Civil Veterinary Department Bengal reports 1933-51 - 1933-1951
Year: 1933
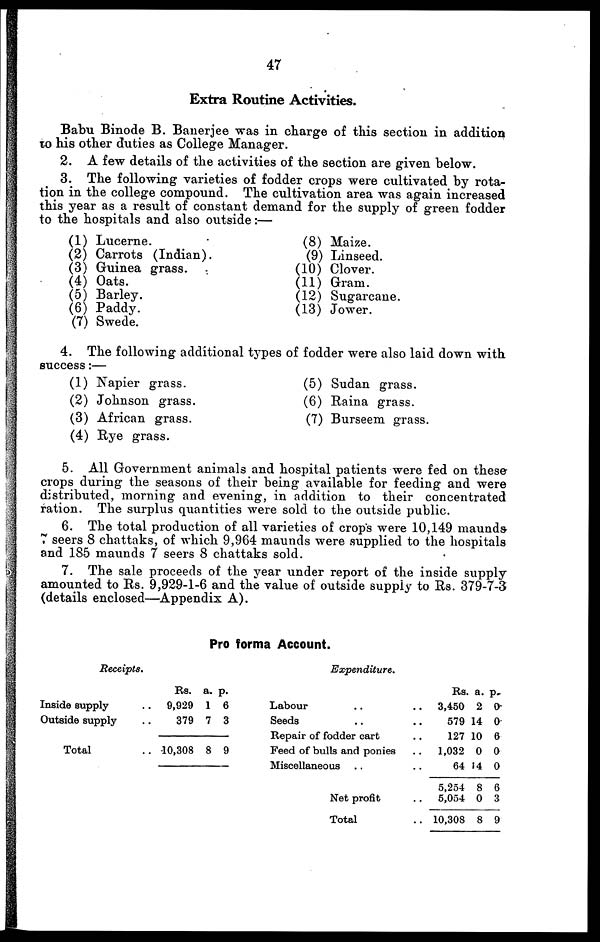
47
Extra Routine Activities.
Babu Binode B. Bauerjee was in charge of this section in addition
to his other duties as College Manager.
2. A few details of the activities of the section are given below.
3. The following varieties of fodder crops were cultivated by rota-
tion in the college compound. The cultivation area was again increased
this year as a result of constant demand for the supply of green fodder
to the hospitals and also outside:—
(1) Lucerne.
(2) Carrots (Indian).
(3) Guinea grass.
(4) Oats.
(5) Barley.
(6) Paddy.
(7) Swede.
(8) Maize.
(9) Linseed.
(10) Clover.
(11) Gram.
(12) Sugarcane.
(13) Jower.
4. The following additional types of fodder were also laid down with
success:—
(1) Napier grass.
(2) Johnson grass.
(3) African grass.
(4) Rye grass.
(5) Sudan grass.
(6) Raina grass.
(7) Burseem grass.
5. All Government animals and hospital patients were fed on these
crops during the seasons of their being available for feeding and were
distributed, morning and evening, in addition to their concentrated
ration. The surplus quantities were sold to the outside public.
6. The total production of all varieties of crop's were 10,149 maunds
7 seers 8 chattaks, of which 9,964 maunds were supplied to the hospitals
and 185 maunds 7 seers 8 chattaks sold.
7. The sale proceeds of the year under report of the inside supply
amounted to Rs. 9,929-1-6 and the value of outside supply to Rs. 379-7-3
(details enclosed—Appendix A).
Pro forma Account.
Receipts.
Inside supply ..
Outside supply ..
Total ..
Rs.
9,929
379
10,308
a.
1
7
8
p.
6
3
9
Expenditure.
Labour .. ..
Seeds .. ..
Repair of fodder cart ..
Feed of bulls and ponies ..
Miscellaneous .. ..
Net profit ..
Total ..
Rs.
3,450
579
127
1,032
64 1
5,254
5,054
10,308
a.
2
14
10
0
4
8
0
8
p.
0
0
6
0
0
6
3
9